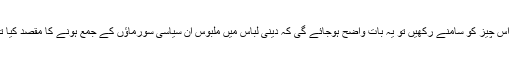
اگر اس چیز کو سامنے رکھیں تو یہ بات واضح ہوجائے گی کہ دینی لباس میں ملبوس ان سیاسی سورماؤں کے جمع ہونے کا مقصد کیا تھا ۔